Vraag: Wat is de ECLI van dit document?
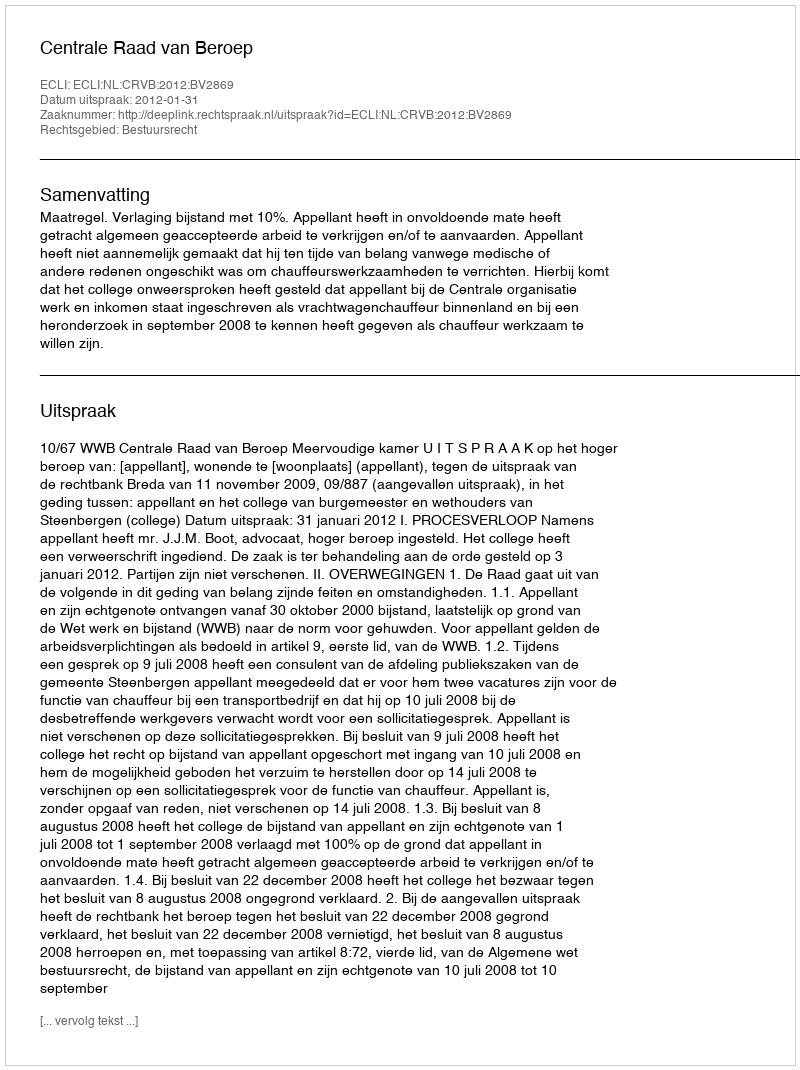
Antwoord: ECLI:NL:CRVB:2012:BV2869